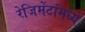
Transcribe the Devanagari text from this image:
रेजिमेंटांमध्ये